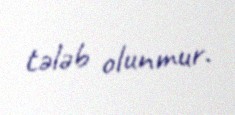
tələb olunmur.